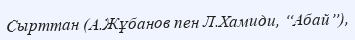
Сырттан (А.Жұбанов пен Л.Хамиди, “Абай”),